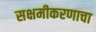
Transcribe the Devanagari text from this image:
सक्षमीकरणाचा